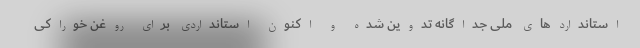
استانداردهای ملی جداگانه تدوین شده و اکنون استانداردی برای روغن خوراکی